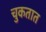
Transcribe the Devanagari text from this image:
चुकतात